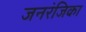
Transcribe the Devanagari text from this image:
जनरंजिका